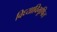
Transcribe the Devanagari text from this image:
विध्याविभूषित